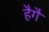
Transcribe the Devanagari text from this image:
हैगै